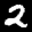
Label: 2